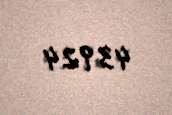
43924